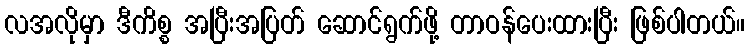
လအလိုမှာ ဒီကိစ္စ အပြီးအပြတ် ဆောင်ရွက်ဖို့ တာဝန်ပေးထားပြီး ဖြစ်ပါတယ်။